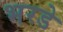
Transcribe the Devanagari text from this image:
भरडे